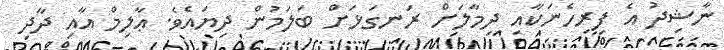
ނާޝިދު އެ ފިރިހެނަކާއި ދިމާލަށް ރަނގަޅަށް ބަލަމުން ދިޔައެވެ. ޢާލިމް އާއި ދާދި